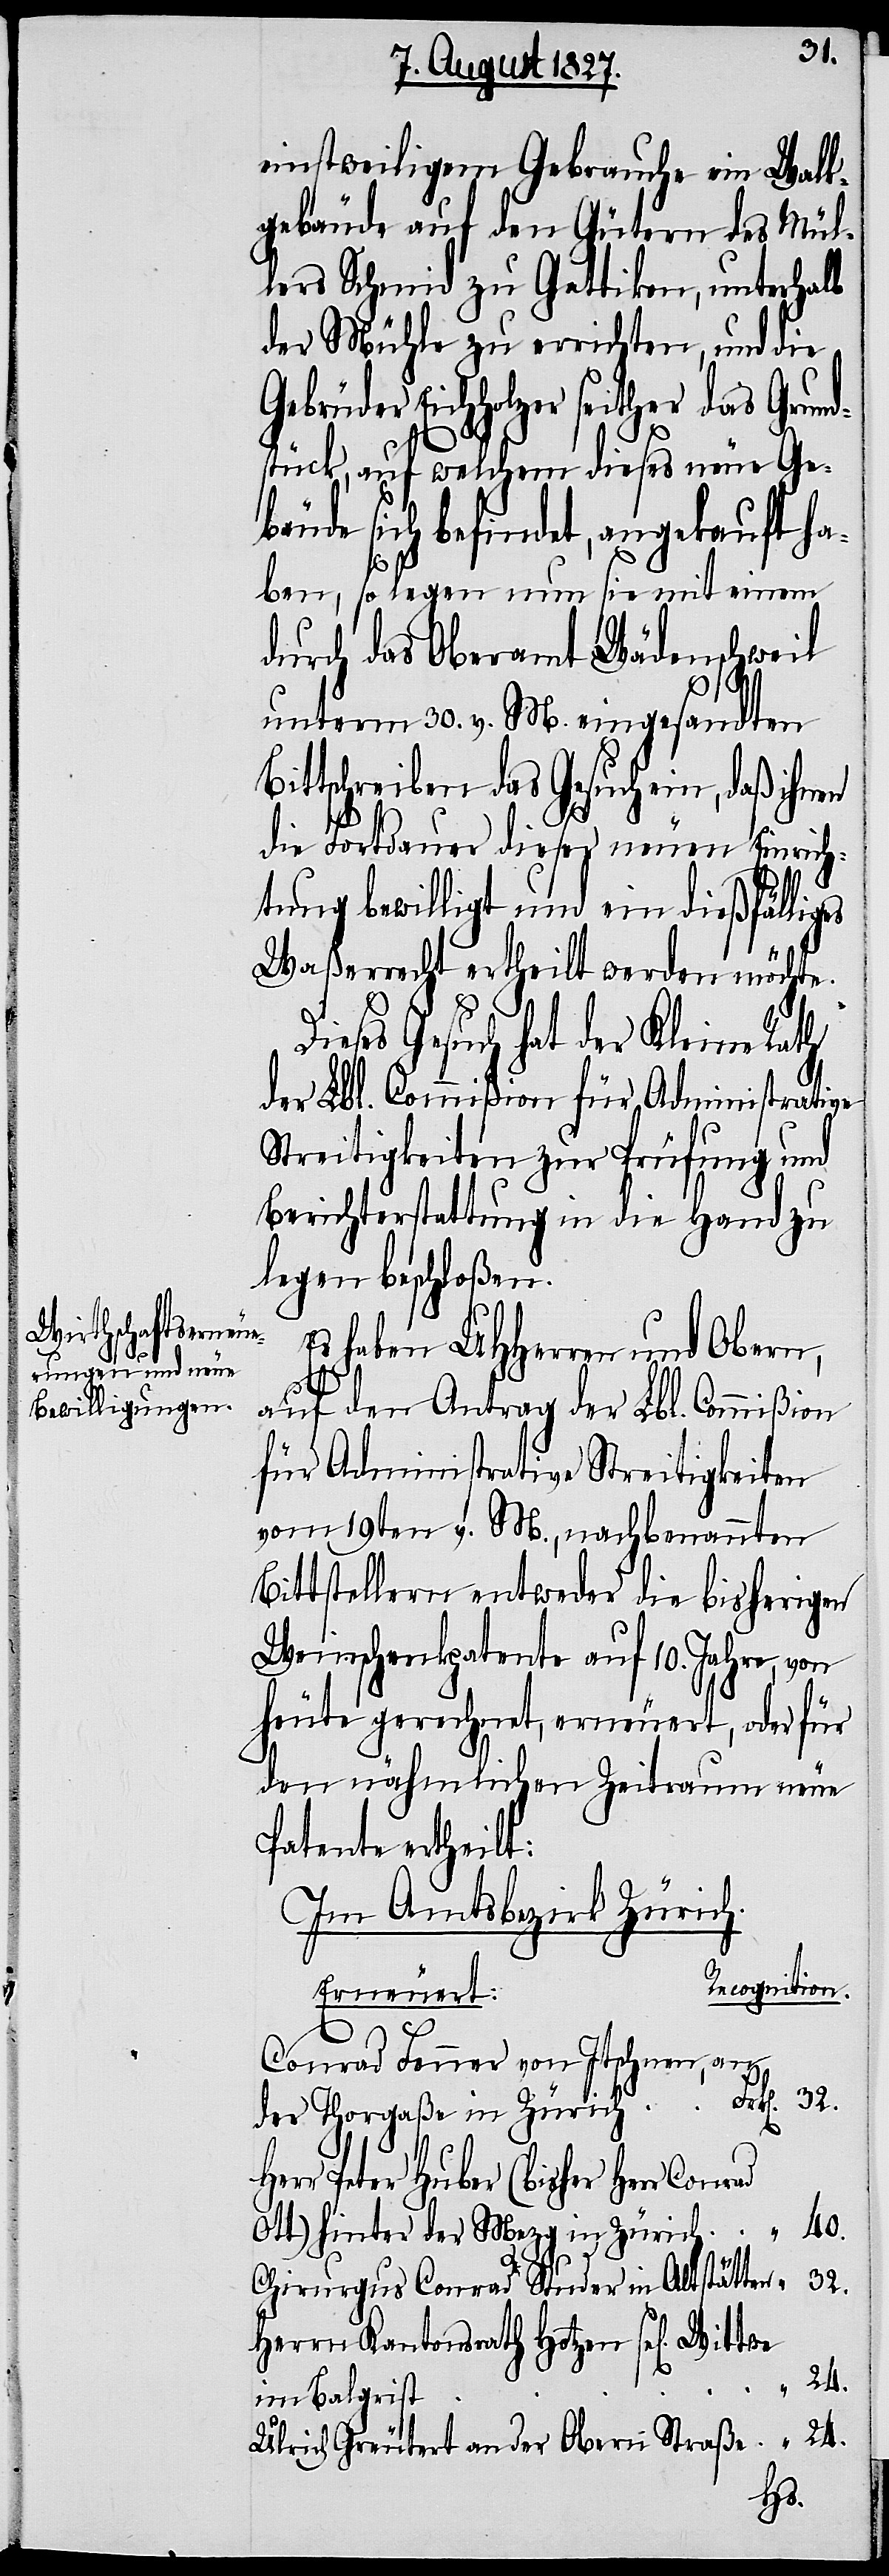
einstweiligem Gebrauche ein Walk¬
gebäude auf den Gütern des Mül¬
lers Schmid zu Gattikon, unterhalb
der Mühle zu errichten, und die
Eichholzer seither das Grun¬
dstück, auf welchem dieses neue Ge¬
bäude sich befindet, angekauft ha¬
ben, so legen nun sie mit einem
durch das Oberamt Wädenschweil
unterm 30. v. M. eingesandten
Bittschreiben das Gesuch ein, daß ihnen
die Fortdauer dieser neuen Einrich¬
tung bewilligt und ein dießfälliges
Waßerrecht ertheilt werden möchte.
ieses Gesuch hat der Kleine Rath
der Lbl. Commißion für Administrative
Streitigkeiten zur Prüfung und
Berichterstattung in die Hand zu
legen beschloßen.
Es haben UHHerren und Obern,
D¬
32.
auf den Antrag der Lbl. Commißion
für Administrative Streitigkeiten
vom 19ten v. M., nachbenannten
Bittstellern entweder die bisherigen
Weinschenkpatente auf 10. Jahre, von
heute gerechnet, erneuert, oder für
den nähmlichen Zeitraum neuen
Patente ertheilt:
Im Amtsbezirk Zürich.
Recognition.
Erneuert:
Conrad Fenner von Itschnen, an
Herr Peter Huber (bisher Herr Conrad
Ott) hinter der Mezg in Zürich
Frk[en].
Chirurgus Conrad Studer in Altstätten
Herrn Kantonsrath Hotzen sel[ige]
im Balgrist
24.
Ulrich Greutert an der Obern Straße